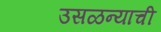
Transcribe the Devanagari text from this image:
उसळन्याची